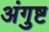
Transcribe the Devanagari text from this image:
अंगुष्ट